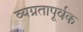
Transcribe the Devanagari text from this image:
व्यग्रतापूर्वक